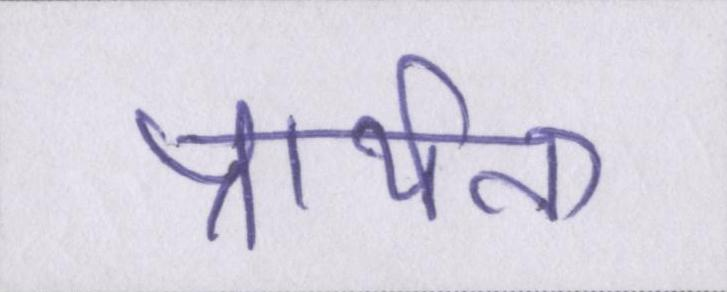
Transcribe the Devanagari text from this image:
प्रार्थना